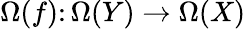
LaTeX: \Omega(f)\colon\Omega(Y)\to\Omega(X)